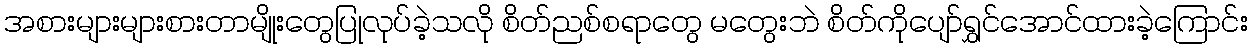
အစားများများစားတာမျိုးတွေပြုလုပ်ခဲ့သလို စိတ်ညစ်စရာတွေ မတွေးဘဲ စိတ်ကိုပျော်ရွှင်အောင်ထားခဲ့ကြောင်း